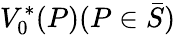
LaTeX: V_{0}^{*}(P)(P\in\bar{S})